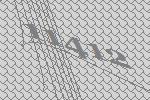
11412